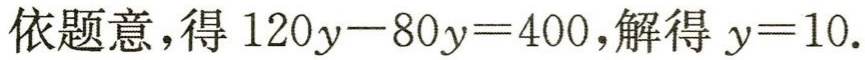
依题意，得 \(120y - 80y = 400\)，解得 \(y = 10\)。